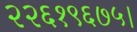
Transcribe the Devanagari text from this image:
२२६१९६७५।